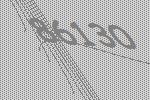
86130